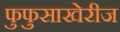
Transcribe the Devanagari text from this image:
फुफुसाखेरीज